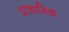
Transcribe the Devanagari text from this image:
प्राशानिक